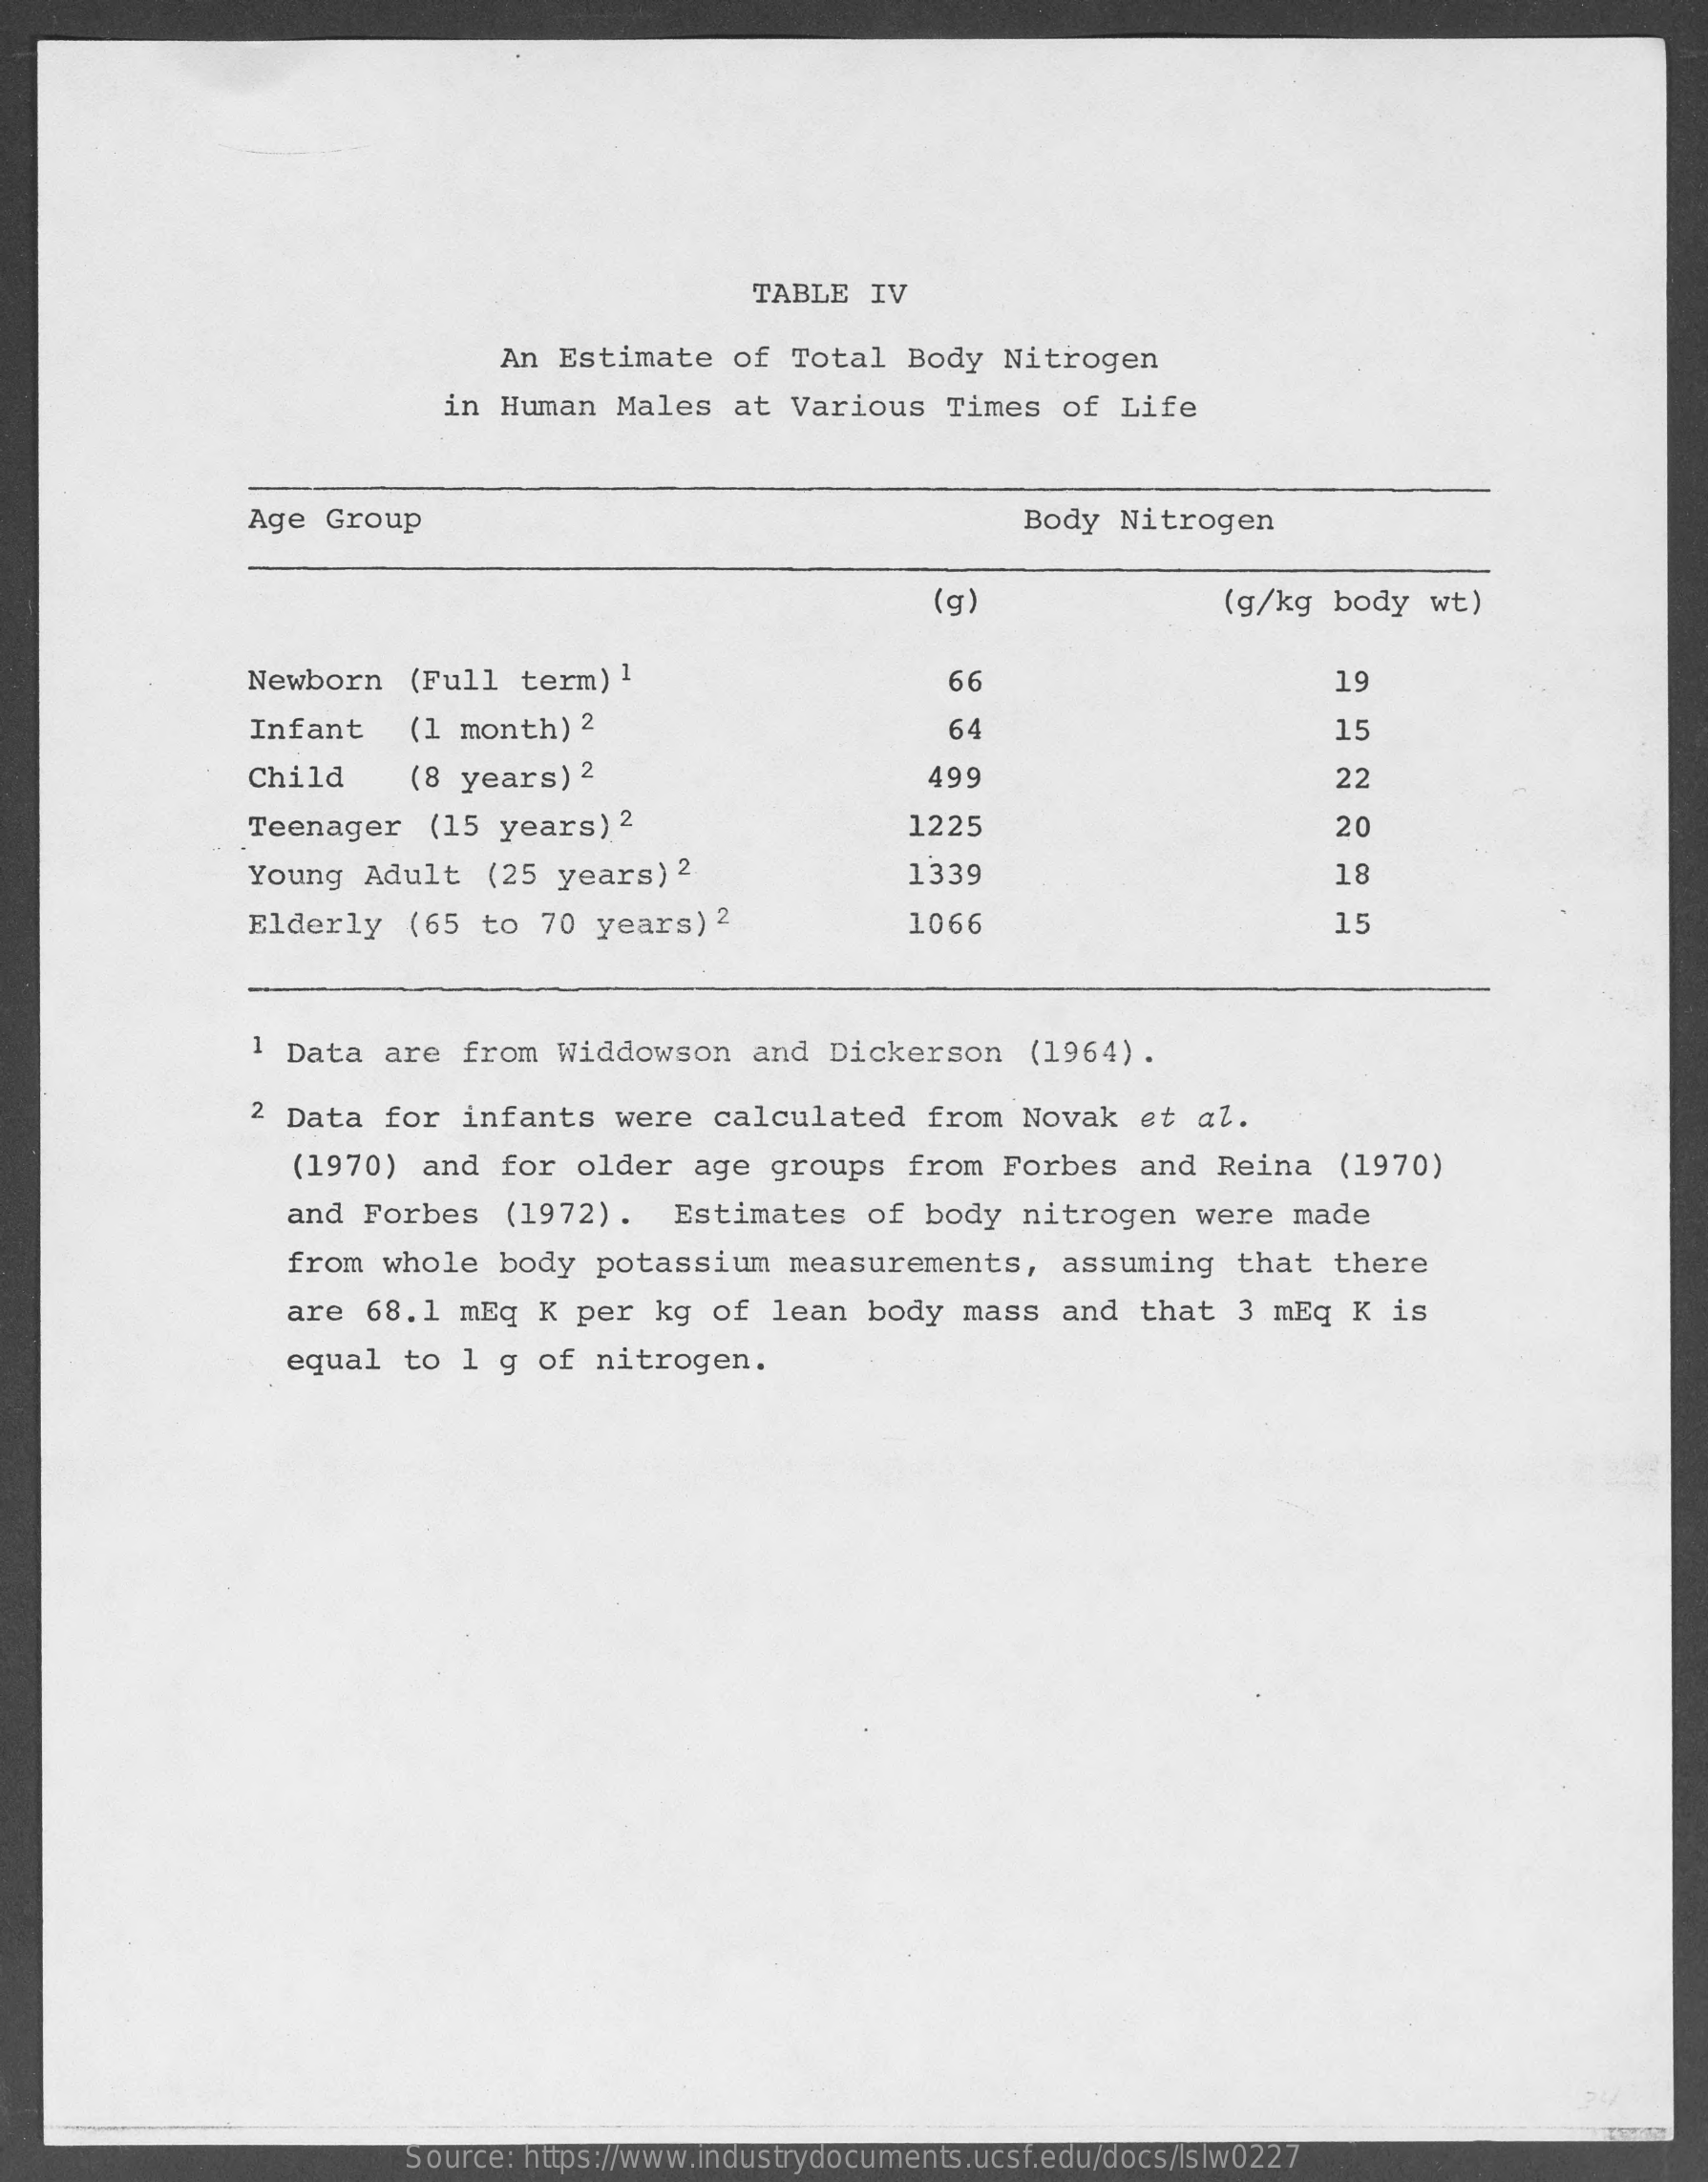
TABLE  IV
     An  Estimate   of  Total   Body  Nitrogen
     in Human  Males   at  Various   Times   of  Life
     Age Group    Body  Nitrogen
     (g)    (g/kg  body  wt)
     Newborn   (Full  term)  1    66    19
     Infant    (1 month)  2    64    15
     Child    (8 years)  2    499    22
     Teenager   (15  years)  2    1225    20
     Young  Adult   (25  years)  2    1339    18
     Elderly   (65  to  70 years)  2    1066    15
     1 Data  are   from  Widdowson    and  Dickerson    (1964).
     2 Data  for  infants   were   calculated    from  Novak   et  al.
     (1970)  and  for  older   age  groups   from  Forbes   and  Reina   (1970)
     and  Forbes   (1972)  .  Estimates    of  body  nitrogen    were  made
     from  whole   body  potassium    measurements,    assuming    that  there
     are  68.1  mEq  K  per  kg  of  lean  body  mass   and  that   3 mEq  K  is
     equal   to 1  g of  nitrogen.
     Source: https://www.industrydocuments.ucsf.edu/docs/lslw0227